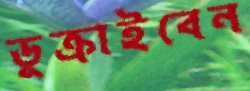
ডুক্‌রাইবেন